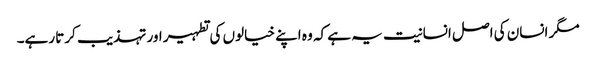
مگر انسان کی اصل انسانیت یہ ہے کہ وہ اپنے خیالوں کی تطہیر اور تہذیب کرتا رہے۔